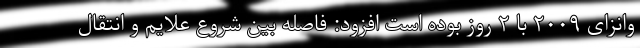
وانزای ۲۰۰۹ با ۲ روز بوده است افزود: فاصله بین شروع علایم و انتقال